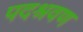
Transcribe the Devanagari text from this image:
पदश्रवण